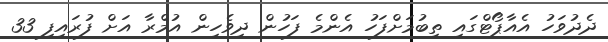
ދެދުވަހު އެއާޕޯޓްގައި ތިބުމަށްފަހު އެންމެ ފަހުން ދިވެހިން އުމްރާ އަށް ފުރައިފި 33